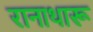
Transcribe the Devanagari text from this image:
रानाथारू